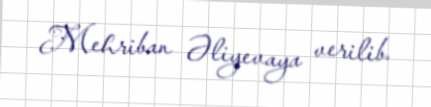
Mehriban Əliyevaya verilib.